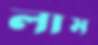
লাম